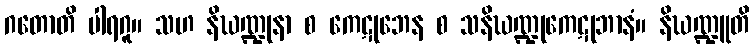
ဂတောတိ ပါရဂူ။ သဟ နိဃဏ္ဍုနာ စ ကေဋုဘေန စ သနိဃဏ္ဍုကေဋုဘာနံ။ နိဃဏ္ဍူတိ